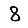
Digit: 8